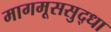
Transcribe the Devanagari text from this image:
मागमूससुद्धा